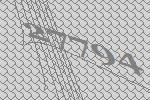
27794